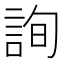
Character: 詢